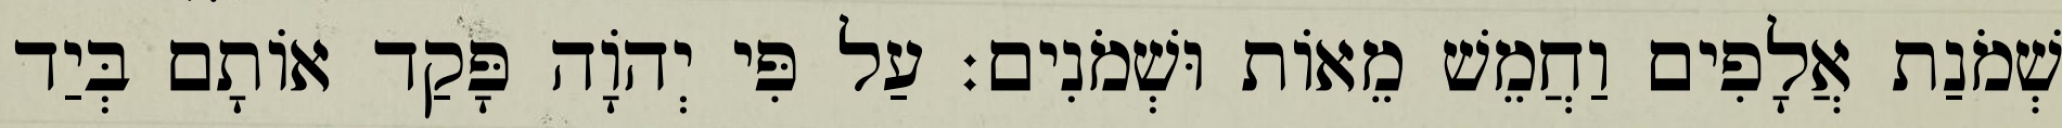
שְׁמֹנַת אֲלָפִים וַחֲמֵשׁ מֵאוֹת וּשְׁמֹנִים׃ עַל פִּי יְהֹוָה פָּקַד אוֹתָם בְּיַד